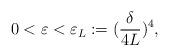
LaTeX: \begin{align*} 0<\varepsilon<\varepsilon_L:=(\frac\delta{4L})^4,\end{align*}